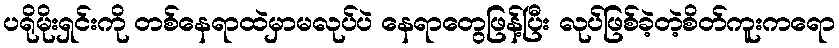
ပရိုမိုးရှင်းကို တစ်နေရာထဲမှာမလုပ်ပဲ နေရာတွေဖြန့်ပြီး လုပ်ဖြစ်ခဲ့တဲ့စိတ်ကူးကရော